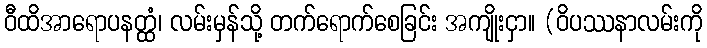
ဝီထိအာရောပနတ္ထံ၊ လမ်းမှန်သို့ တက်ရောက်စေခြင်း အကျိုးငှာ။ (ဝိပဿနာလမ်းကို